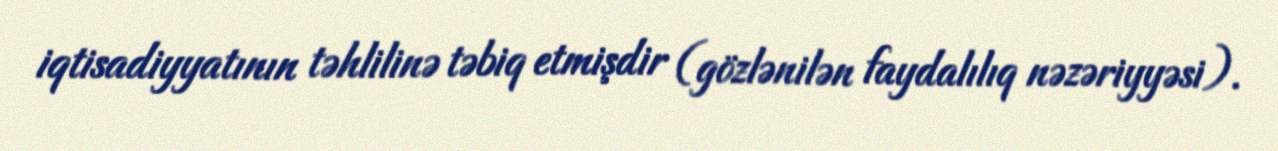
iqtisadiyyatının təhlilinə təbiq etmişdir (gözlənilən faydalılıq nəzəriyyəsi).